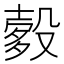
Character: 𬆯